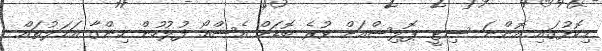
މިކޮޅުގައި އޮންނަ ސިޓީ ޕޮލިސްއަށް ވުރެ ބޮޑަށް އެސްއޯ ފުލުހުން ހިންގާ އަމަލުތައް